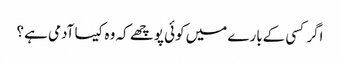
اگر کسی کےبارے میں کوئی پوچھے کہ وہ کیسا آدمی ہے ؟